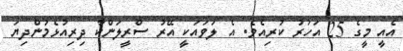
އެއީ މީގެ 25 އަހަރު ކުރިއެވެ. އެ ލަވައަކީ އޭރު ސްރީލަންކާ ދިރިއުޅެމުންދިޔަ